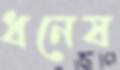
ধনেষ